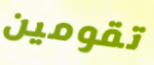
تقومين